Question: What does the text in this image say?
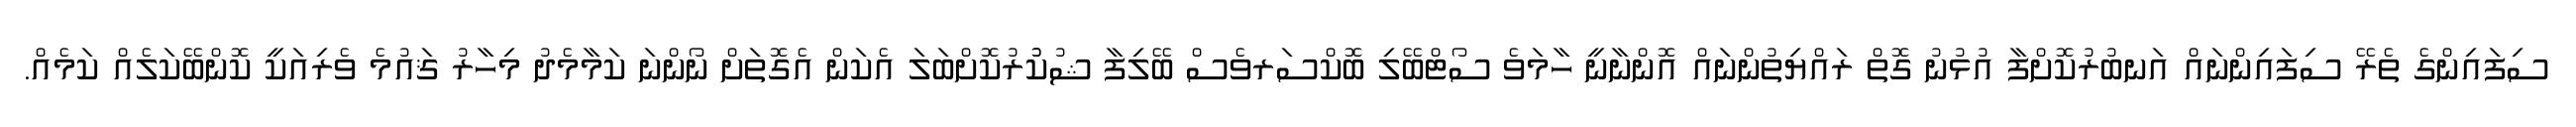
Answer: ސިފައިންގެ ތެރޭ ސިފައިންނައް އަނބުރުކޮށްފާ އުޅުނު ގޮތް ރައްޔިތުންނައް އޮންނާނީ ހާމަވެ ސޯޓްބޭލި ބޮކްސަރވެސް ބޭލިފާ ޝުކުުރުކޮށްބަލަ އެކަން އެގޮތަށް ނޯންނަ ކަމާމެދު މިހާރު ޤައުމެ ވެރިއަކީ ކޮންބޭކަލެއް ކަމެއް.